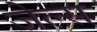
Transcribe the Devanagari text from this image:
जेल्स